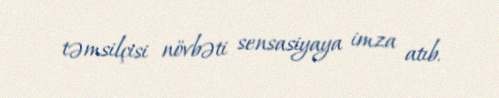
təmsilçisi növbəti sensasiyaya imza atıb.